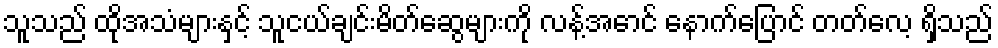
သူသည် ထိုအသံများနှင့် သူငယ်ချင်းမိတ်ဆွေများကို လန့်အောင် နောက်ပြောင် တတ်လေ့ ရှိသည်